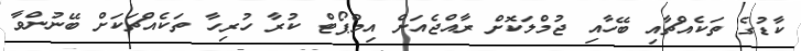
ކާޑުގެ ތަކެއްޗާއި ބޭހާއި ޖުމްލަކޮށް ރާއްޖެއަށް އިމްޕޯޓް ކުރާ ހުރިހާ ތަކެއްޗަކަށް ބޭނުންވާ